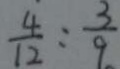
\frac { 4 } { 1 2 } : \frac { 3 } { 9 }